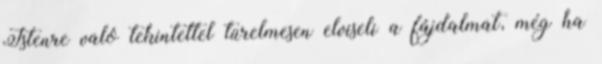
Istenre való tekintettel türelmesen elviseli a fájdalmat, még ha